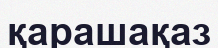
қарашақаз